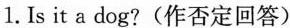
1. Is it a dog?(作否定回答)